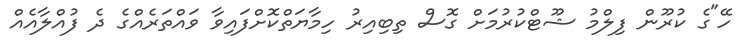
ހޭ"ގެ ކުރޫން ފިލްމު ޝޫޓްކުރުމަށް ގޮސް ތިބިއިރު ހިމާޔަތްކޮށްފައިވާ ވައްތަރެއްގެ ދެ ފުއްލާއެއް